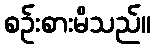
စဉ်းစားမိသည်။